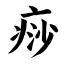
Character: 痧